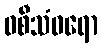
ဝစီသံဝရော